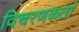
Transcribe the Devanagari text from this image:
विचरणकर्ता